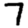
Digit: 7